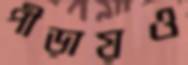
পীড়ায়ও